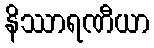
နိဿာရဏီယာ